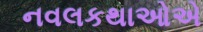
નવલકથાઓએ